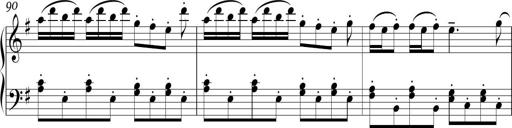
Title: Sonatina in E minor
Composer: Shuwen Zhang
Key: E minor